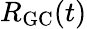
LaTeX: R_{\mathrm{{GC}}}(t)